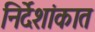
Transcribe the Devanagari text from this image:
निर्देशांकात